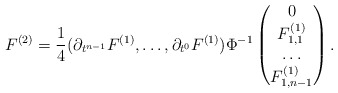
\begin{align*} F^{(2)}=\frac{1}{4} (\partial_{t^{n-1}}F^{(1)},\dots,\partial_{t^{0}}F^{(1)}) \Phi^{-1} \begin{pmatrix} 0\\ F_{1,1}^{(1)} \\ \dots \\ F_{1,n-1}^{(1)} \end{pmatrix}.\end{align*}